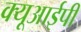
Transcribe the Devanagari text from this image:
क्यूआईपी